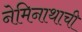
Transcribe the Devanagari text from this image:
नेमिनाथाची